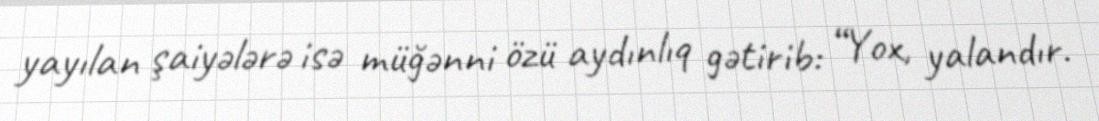
yayılan şaiyələrə isə müğənni özü aydınlıq gətirib: “Yox, yalandır.